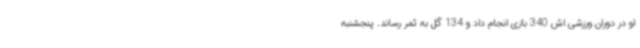
او در دوران ورزشی اش 340 بازی انجام داد و 134 گل به ثمر رساند. پنجشنبه